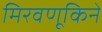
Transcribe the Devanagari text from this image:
मिरवणूकिने